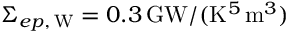
\Sigma _ { e p , \, \mathrm { W } } = 0 . 3 \, \mathrm { G W } / ( \mathrm { K } ^ { 5 } \, \mathrm { m } ^ { 3 } )